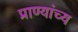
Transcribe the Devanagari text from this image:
प्राण्यांच्य